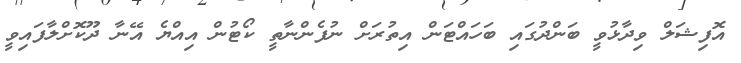
އޮފިޝަލް ވިދާޅުވީ ބަންދުގައި ބަހައްޓަން އިތުރަށް ނުފެންނާތީ ކޯޓުން އިއްޔެ އޭނާ ދޫކޮށްލާފައިވީ